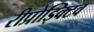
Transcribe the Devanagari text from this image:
रीप्रोड्क्टिव